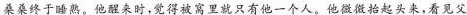
桑桑终于睡熟。他醒来时，觉得被窝里就只有他一个人。他微微抬起头来，看见父